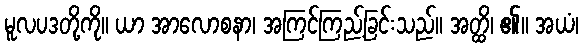
မူလပဒတို့ကို။ ယာ အာလောစနာ၊ အကြင်ကြည့်ခြင်းသည်။ အတ္ထိ၊ ၏။ အယံ၊